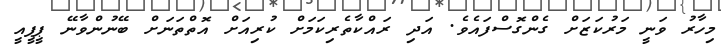
މިހާރު ވަނީ މަރުކަޒަށް ގެންގޮސްފައެވެ. އަދި ރައްކާތެރިކަމަށް ކުރިއަށް އޮތްތަނަށް ބޭނުންވާނޭ ޕީޕީއީ